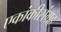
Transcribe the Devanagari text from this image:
एकांकीसंग्रह